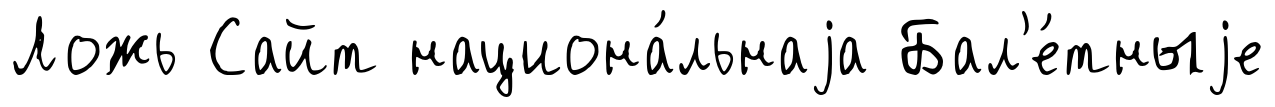
Ложь Сайт национа́льнаjа Бал'е́тныjе